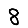
Digit: 8